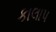
કાલાપ